Civil Veterinary Department Bihar reports 1936-40 - 1936-1940
Year: 1936
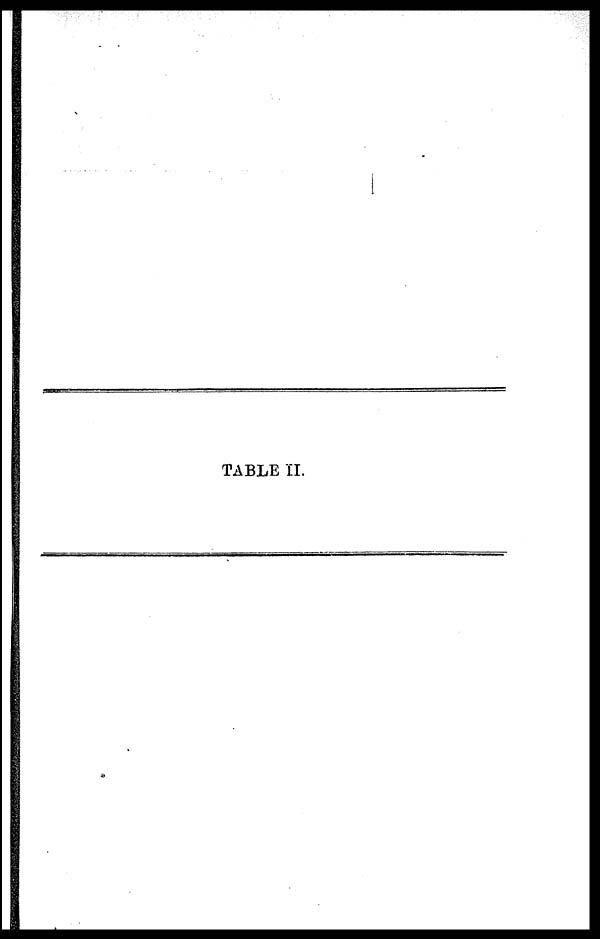
TABLE II.